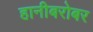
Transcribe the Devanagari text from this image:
हानीबरोबर